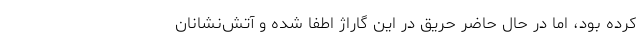
کرده بود، اما در حال حاضر حریق در این گاراژ اطفا شده و آتش‌نشانان